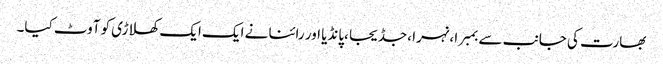
بھارت کی جانب سے بمبرا ،نہرا ،جڈیجا ،پانڈیا اور رائنا نے ایک ایک کھلاڑی کو آوٹ کیا۔